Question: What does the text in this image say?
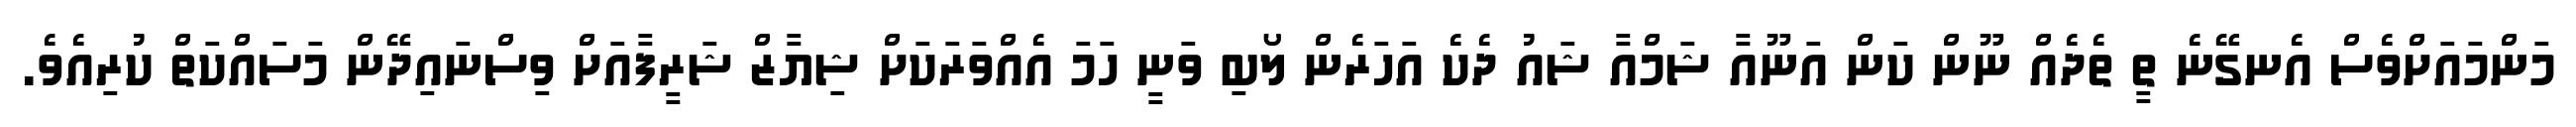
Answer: މަންމައަށްވެސް އެނގޭނެ ތީ ތެދެއް ނޫން ކަން އަނޫއާ ޝަމްއާ ޝައު ދެކެ އަހަރެން ލޯބި ވަނީ ހަމަ އެއްވަރަކަށް ޝިޔާޒް ޝަރީފާއަށް ވިސްނައިދޭން މަސައްކަތް ކުރިއެވެ.